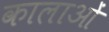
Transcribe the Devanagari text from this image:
कालाओं